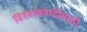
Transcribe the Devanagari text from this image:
विश्‍वासवाढीसाठी